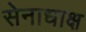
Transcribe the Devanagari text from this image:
सेनाधाक्ष